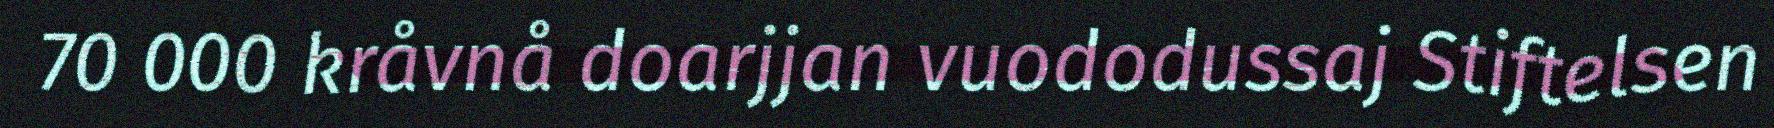
70 000 kråvnå doarjjan vuododussaj Stiftelsen